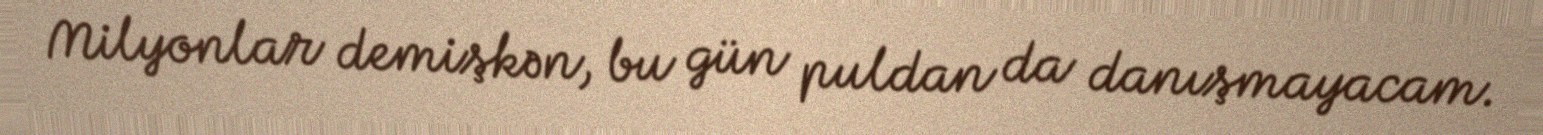
Milyonlar demişkən, bu gün puldan da danışmayacam.